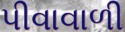
પીવાવાળી